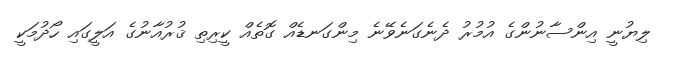
ލިޔުނީ އިންސާނުންގެ އުމުރު ދެނެގަނެވޭނެ މިންގަނޑެއް ގޮތެއް ކީރިތި ޤުރުއާނުގެ އަލީގައި ހޯދުމަކީ